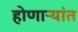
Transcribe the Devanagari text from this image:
होणाऱ्यांत